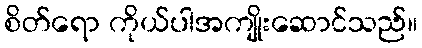
စိတ်ရော ကိုယ်ပါအကျိုးဆောင်သည်။